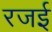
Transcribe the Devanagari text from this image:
रजई